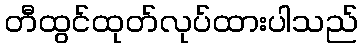
တီထွင်ထုတ်လုပ်ထားပါသည်